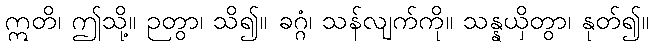
ဣတိ၊ ဤသို့။ ဉတွာ၊ သိ၍။ ခဂ္ဂံ၊ သန်လျက်ကို။ သန္နယှိတွာ၊ နုတ်၍။